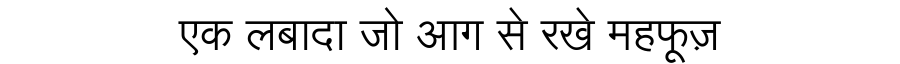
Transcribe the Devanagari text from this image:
एक लबादा जो आग से रखे महफूज़